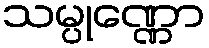
သမ္ပုဏ္ဏော